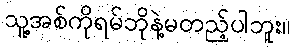
သူ့အစ်ကိုရမ်ဘိုနဲ့မတည့်ပါဘူး။